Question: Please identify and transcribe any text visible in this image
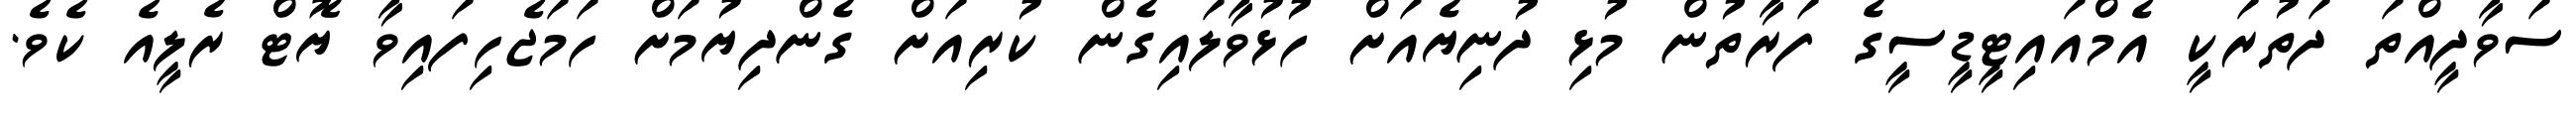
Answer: ސަވާދީއްތަ ދަތުރަކީ އެމްއައިޓީޑީސީގެ ފަރާތުން މުޅި ދުނިޔެއަށް ހުޅުވާލައިގެން ކުރިއަށް ގެންދިޔުމަށް ހަމަޖެހިފައިވާ ޔޮޓް ރެލީއެ ކެވެ.